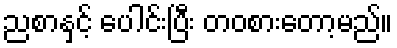
ညစာနှင့် ပေါင်းပြီး တဝစားတော့မည်။